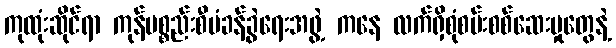
ကုထုံးဆိုင်ရာ ကုန်ပစ္စည်းစီမံခန့်ခွဲရေးအဖွဲ့ ကနေ လက်ရှိစုံစမ်းစစ်ဆေးမှုတွေနဲ့